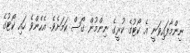
ނިންމާފައިވަނީ އެ ކޯޓުގެ ކުރީގެ ނިންމުން ގޯސް ކަމަށެވެ. އެހެންވެ ހައި ކޯޓުގެ